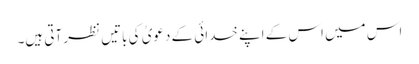
اس میں اس کے اپنے خدائی کے دعویٰ کی باتیں نظر آتی ہیں۔